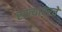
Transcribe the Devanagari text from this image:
रस्त्यावरचे